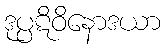
ဒုပ္ပဋိဝိနောဒယာ